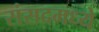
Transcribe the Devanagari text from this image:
संसदमध्ये